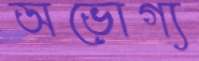
অভোগ্য